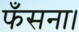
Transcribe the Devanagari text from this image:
फँसना।